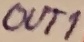
Text: OU1